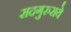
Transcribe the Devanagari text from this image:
सदगुरुराये